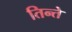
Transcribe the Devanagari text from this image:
तिन्ते